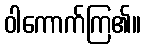
ဝါကောက်ကြ၏။